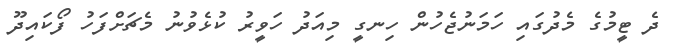
ދެ ޓީމުގެ މެދުގައި ހަމަނުޖެހުން ހިނގީ މިއަދު ހަވީރު ކުޅެވުނު މެޗަށްފަހު ފޯކައިދޫ